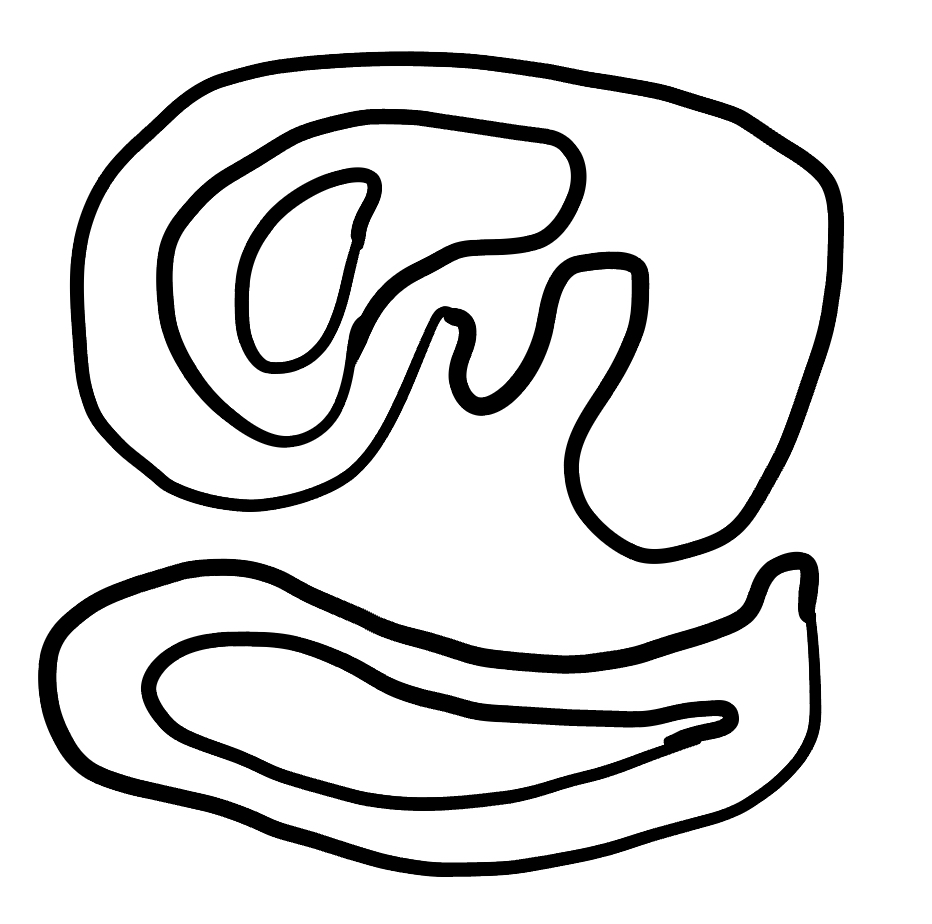
Number of regions (including the outer root region): 6
Containment tree edges (parent, child): 0, 1, 0, 3, 1, 2, 3, 4, 4, 5